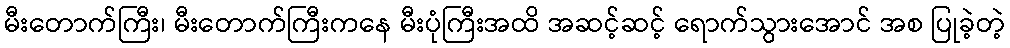
မီးတောက်ကြီး၊ မီးတောက်ကြီးကနေ မီးပုံကြီးအထိ အဆင့်ဆင့် ရောက်သွားအောင် အစ ပြုခဲ့တဲ့